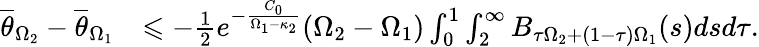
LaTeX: \begin{array}{rl}{\overline{\theta}_{\Omega_{2}}-\overline{\theta}_{\Omega_{1}}}&{\leqslant-\frac{1}{2}e^{-\frac{C_{0}}{\Omega_{1}-\kappa_{2}}}(\Omega_{2}-\Omega_{1})\int_{0}^{1}\int_{2}^{\infty}B_{\tau\Omega_{2}+(1-\tau)\Omega_{1}}(s)dsd\tau.}\end{array}